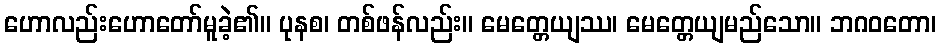
ဟောလည်းဟောတော်မူခဲ့၏။ ပုနစ၊ တစ်ဖန်လည်း။ မေတ္တေယျဿ၊ မေတ္တေယျမည်သော။ ဘဂဝတော၊